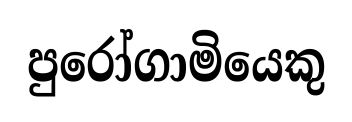
පුරෝගාමියෙකු